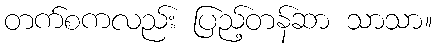
တက်စကလည်း ပြည့်တန်ဆာ သာသာ။